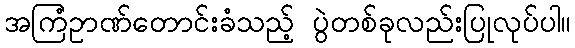
အကြံဥာဏ်တောင်းခံသည့် ပွဲတစ်ခုလည်းပြုလုပ်ပါ။